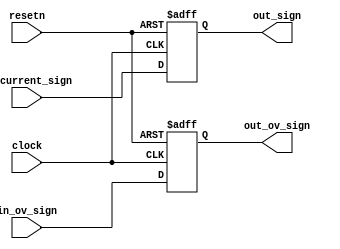
module step4_adder_status(clock, resetn, in_current_sign, in_ov_sign, out_sign, out_ov_sign);
	input clock,resetn;
	
	input in_current_sign;
	input in_ov_sign;
	
	output reg out_sign;
	output reg out_ov_sign;
	
	always@(posedge clock, negedge resetn) begin
		if(!resetn) begin
			out_sign <= 0;
			out_ov_sign <= 0;
		end
		else begin
			out_sign <= in_current_sign;
			out_ov_sign <=  in_ov_sign;
		end
	end

endmodule